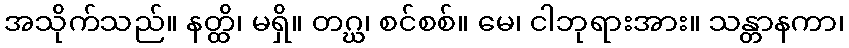
အသိုက်သည်။ နတ္ထိ၊ မရှိ။ တဂ္ဃ၊ စင်စစ်။ မေ၊ ငါဘုရားအား။ သန္တာနကာ၊